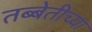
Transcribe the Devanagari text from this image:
तब्बेतीच्या